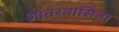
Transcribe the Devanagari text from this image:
आंतरवासिता